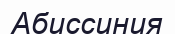
Абиссиния